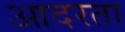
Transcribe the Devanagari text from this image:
आदरता